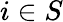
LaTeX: i\in S